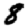
Digit: 8